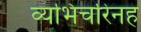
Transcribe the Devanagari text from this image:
व्यभिचरिनह